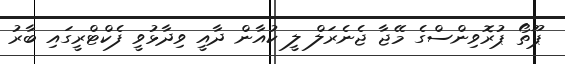
ޕޫތޯ ޕުރޮވިންސްގެ މޭޖާ ޖެނެރަލް ލީ ކުއާން ދާއީ ވިދާޅުވީ ފެކްޓްރީގައި ބާރު